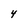
Character: 4